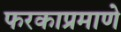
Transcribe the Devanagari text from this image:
फरकाप्रमाणे